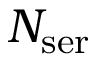
N _ { \mathrm { s e r } }